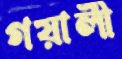
গয়ালী